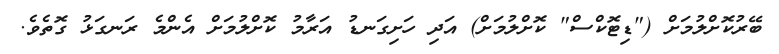
ބޭރުކޮށްލުމަށް ("ޑިޓޮކްސް" ކޮށްލުމަށް) އަދި ހަށިގަނޑު އަރާމު ކޮށްލުމަށް އެންމެ ރަނގަޅު ގޮތެވެ.